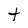
Character: t